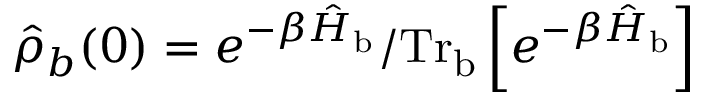
\hat { \rho } _ { b } ( 0 ) = e ^ { - \beta \hat { H } _ { \mathrm { b } } } / \mathrm { T r } _ { \mathrm { b } } \left[ e ^ { - \beta \hat { H } _ { \mathrm { b } } } \right]